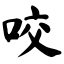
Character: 咬